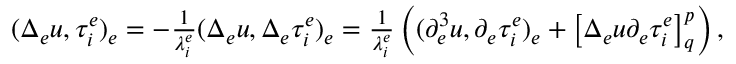
\begin{array} { r } { ( \Delta _ { e } u , \tau _ { i } ^ { e } ) _ { e } = - \frac { 1 } { \lambda _ { i } ^ { e } } ( \Delta _ { e } u , \Delta _ { e } \tau _ { i } ^ { e } ) _ { e } = \frac { 1 } { \lambda _ { i } ^ { e } } \left( ( \partial _ { e } ^ { 3 } u , \partial _ { e } \tau _ { i } ^ { e } ) _ { e } + \left[ \Delta _ { e } u \partial _ { e } \tau _ { i } ^ { e } \right] _ { q } ^ { p } \right) , } \end{array}